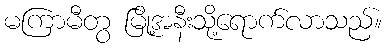
မကြာမီတွ မြို့အနီးသို့ရောက်လာသည်။